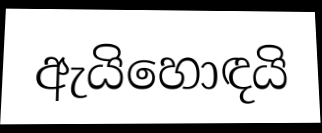
ඇයිහොඳයි